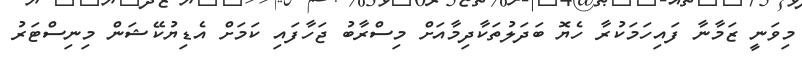
މިވަނީ ޒަމާނާ ފައިހަމަކުރާ ހެޔޮ ބަދަލުތަކާދިމާއަށް މިސްރާބު ޖަހާފައި ކަމަށް އެޑިޔުކޭޝަން މިނިސްޓަރު